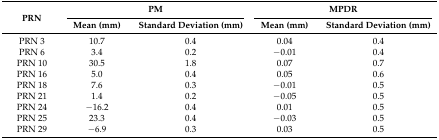
| <ROWSPAN=2> PRN | <COLSPAN=2> PM | <COLSPAN=2> MPDR |
 | Mean (mm) | Standard Deviation (mm) | Mean (mm) | Standard Deviation (mm) |
 | --- | --- | --- | --- | --- |
 | PRN 3 | 10.7 | 0.4 | 0.04 | 0.4 |
 | PRN 6 | 3.4 | 0.2 | −0.01 | 0.4 |
 | PRN 10 | 30.5 | 1.8 | 0.07 | 0.7 |
 | PRN 16 | 5.0 | 0.4 | 0.05 | 0.6 |
 | PRN 18 | 7.6 | 0.3 | −0.01 | 0.5 |
 | PRN 21 | 1.4 | 0.2 | −0.05 | 0.5 |
 | PRN 24 | −16.2 | 0.4 | 0.01 | 0.5 |
 | PRN 25 | 23.3 | 0.4 | −0.03 | 0.5 |
 | PRN 29 | −6.9 | 0.3 | 0.03 | 0.5 |